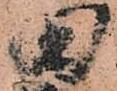
田